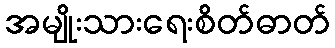
အမျိုးသားရေးစိတ်ဓာတ်